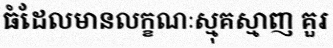
ធំដែលមានលក្ខណៈស្មុគស្មាញ គួរ